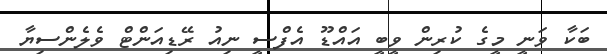
ބަކާ ވަނީ މީގެ ކުރިން ވީބީ އައްޑޫ އެފްސީ ނިއު ރޭޑިއަންޓް ވެލެންސިޔާ